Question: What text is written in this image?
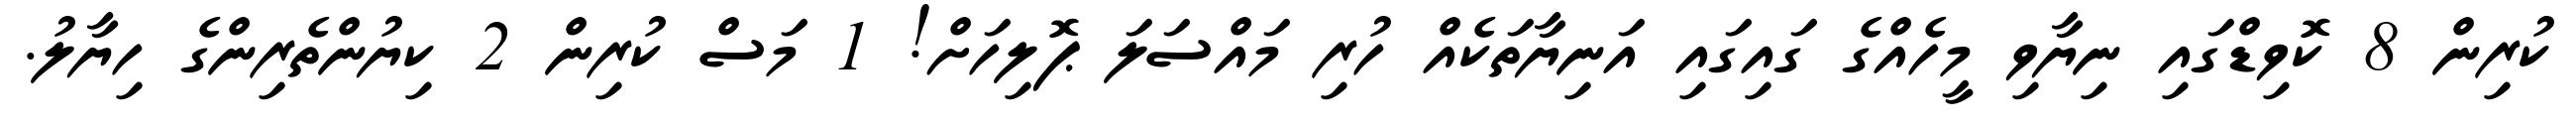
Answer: ކުރިން 8 ކޮވިޑްގައި ނިޔާވި މީހެއްގެ ގައިގައި އަނިޔާތަކެއް ހުރި މައްސަލަ ޕޮލިހަށް! 1 މަސް ކުރިން 2 ކިޔުންތެރިންގެ ހިޔާލު.